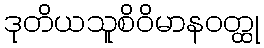
ဒုတိယသူစိဝိမာနဝတ္ထု